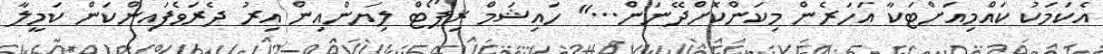
އެކަމަކު ކައްމިއަށްޓަކާ އަހަރެން މިކަންކޮށްދޭނަން..." ހައިޝަމް ރިޕޯޓް ލިޔަންއިން އިރު ދެރަވެފައިންކަން ކަމީލާ